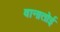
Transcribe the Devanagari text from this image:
वानातोई